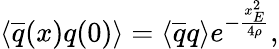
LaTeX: \left\langle\overline{{{q}}}(x)q(0)\right\rangle=\left\langle\overline{{{q}}}q\right\rangle e^{-\frac{x_{E}^{2}}{4\rho}},